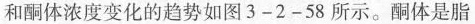
和酮体浓度变化的趋势如图3-2-58所示。酮体是脂